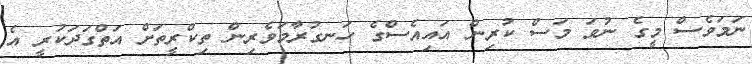
ނަމަވެސް މީގެ ނުވަ މަސް ކުރިން އައިއެސްގެ ހަނގުރާމަވެރިން ތިކްރީތަށް އަތްގަދަކުރީ އެ